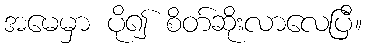
အမေမှာ ပို၍ စိတ်ဆိုးလာလေပြီ။